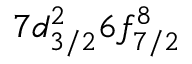
7 d _ { 3 / 2 } ^ { 2 } 6 f _ { 7 / 2 } ^ { 8 }